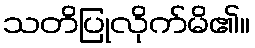
သတိပြုလိုက်မိ၏။